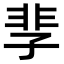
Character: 𩇫